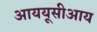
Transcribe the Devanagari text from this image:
आययूसीआय